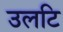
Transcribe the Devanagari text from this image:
उलटि